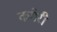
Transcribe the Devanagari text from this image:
कमेरी